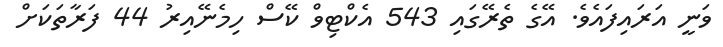
ވަނީ އަރައިފައެވެ. އޭގެ ތެރޭގައި 543 އެކްޓިވް ކޭސް ހިމެނޭއިރު 44 ފަރާތަކަށް